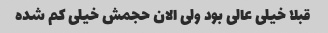
قبلا خیلی عالی بود ولی الان حجمش خیلی کم شده